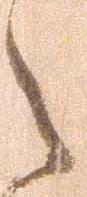
之